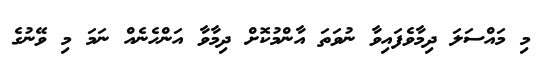
މި މައްސަލަ ދިމާވެފައިވާ ނުވަތަ އާންމުކޮށް ދިމާވާ އަންހެނެއް ނަމަ މި ވޭނުގެ